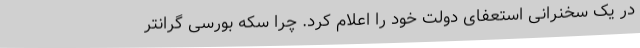
در یک سخنرانی استعفای دولت خود را اعلام کرد. چرا سکه بورسی گرانتر